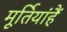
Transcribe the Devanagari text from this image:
मूर्तियांहैं